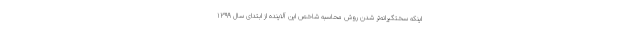
اینکه سختگیرانه‌تر شدن روش محاسبه شاخص این آلاینده از ابتدای سال ۱۳۹۹